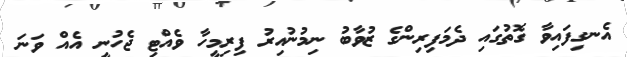
އެނގިފައިވާ ގޮތުގައި ދެމަފިރިންގެ ޒުވާބު ނިމުނުއިރު ފިރިމީހާ ވެއްޓި ޖެހުނީ އެއް ވަނަ